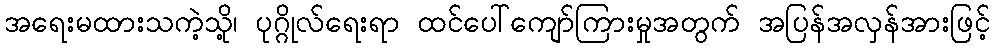
အရေးမထားသကဲ့သို့၊ ပုဂ္ဂိုလ်ရေးရာ ထင်ပေါ်ကျော်ကြားမှုအတွက် အပြန်အလှန်အားဖြင့်